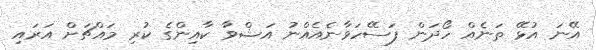
އޭނަ އުޅޭ ތަނެއް ހޯދަން ފަސޭހަވާނެއެއްނު އަޝްވާ ކާއިންގެ ކުރި މައްޗަށް އަރައި